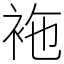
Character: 袘